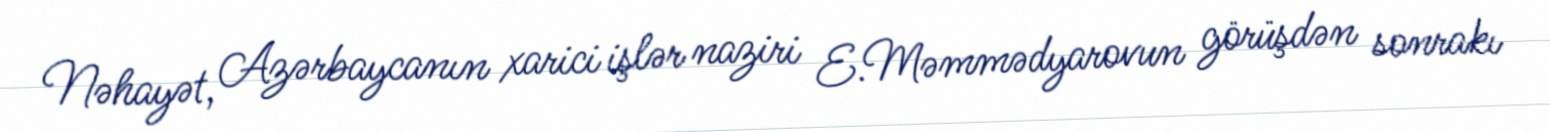
Nəhayət, Azərbaycanın xarici işlər naziri E.Məmmədyarovun görüşdən sonrakı